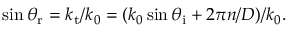
\sin \theta _ { \mathrm { r } } = k _ { \mathrm { t } } / k _ { 0 } = ( k _ { 0 } \sin { \theta _ { \mathrm { i } } + 2 \pi } n / D ) / k _ { 0 } .